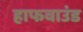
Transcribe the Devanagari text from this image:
हाफवाउंड